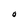
Character: O